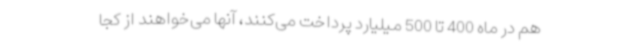
هم در ماه 400 تا 500 میلیارد پرداخت می‌کنند، آنها می‌خواهند از کجا